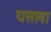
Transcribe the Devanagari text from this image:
यसावा